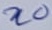
Text: n0